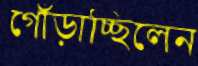
গোঁড়াচ্ছিলেন